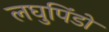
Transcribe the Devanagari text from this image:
लघुपिंडों